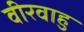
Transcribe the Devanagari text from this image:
वीरवाहु